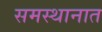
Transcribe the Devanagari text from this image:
समस्थानात